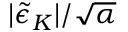
\vert \tilde { \epsilon } _ { K } \vert / \sqrt { \alpha }